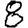
Digit: 8